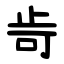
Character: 㱒